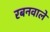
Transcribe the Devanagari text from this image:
रबनवाले